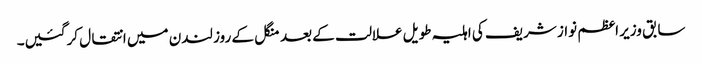
سابق وزیر اعظم نواز شریف کی اہلیہ طویل علالت کے بعد منگل کے روز لندن میں انتقال کرگئیں۔